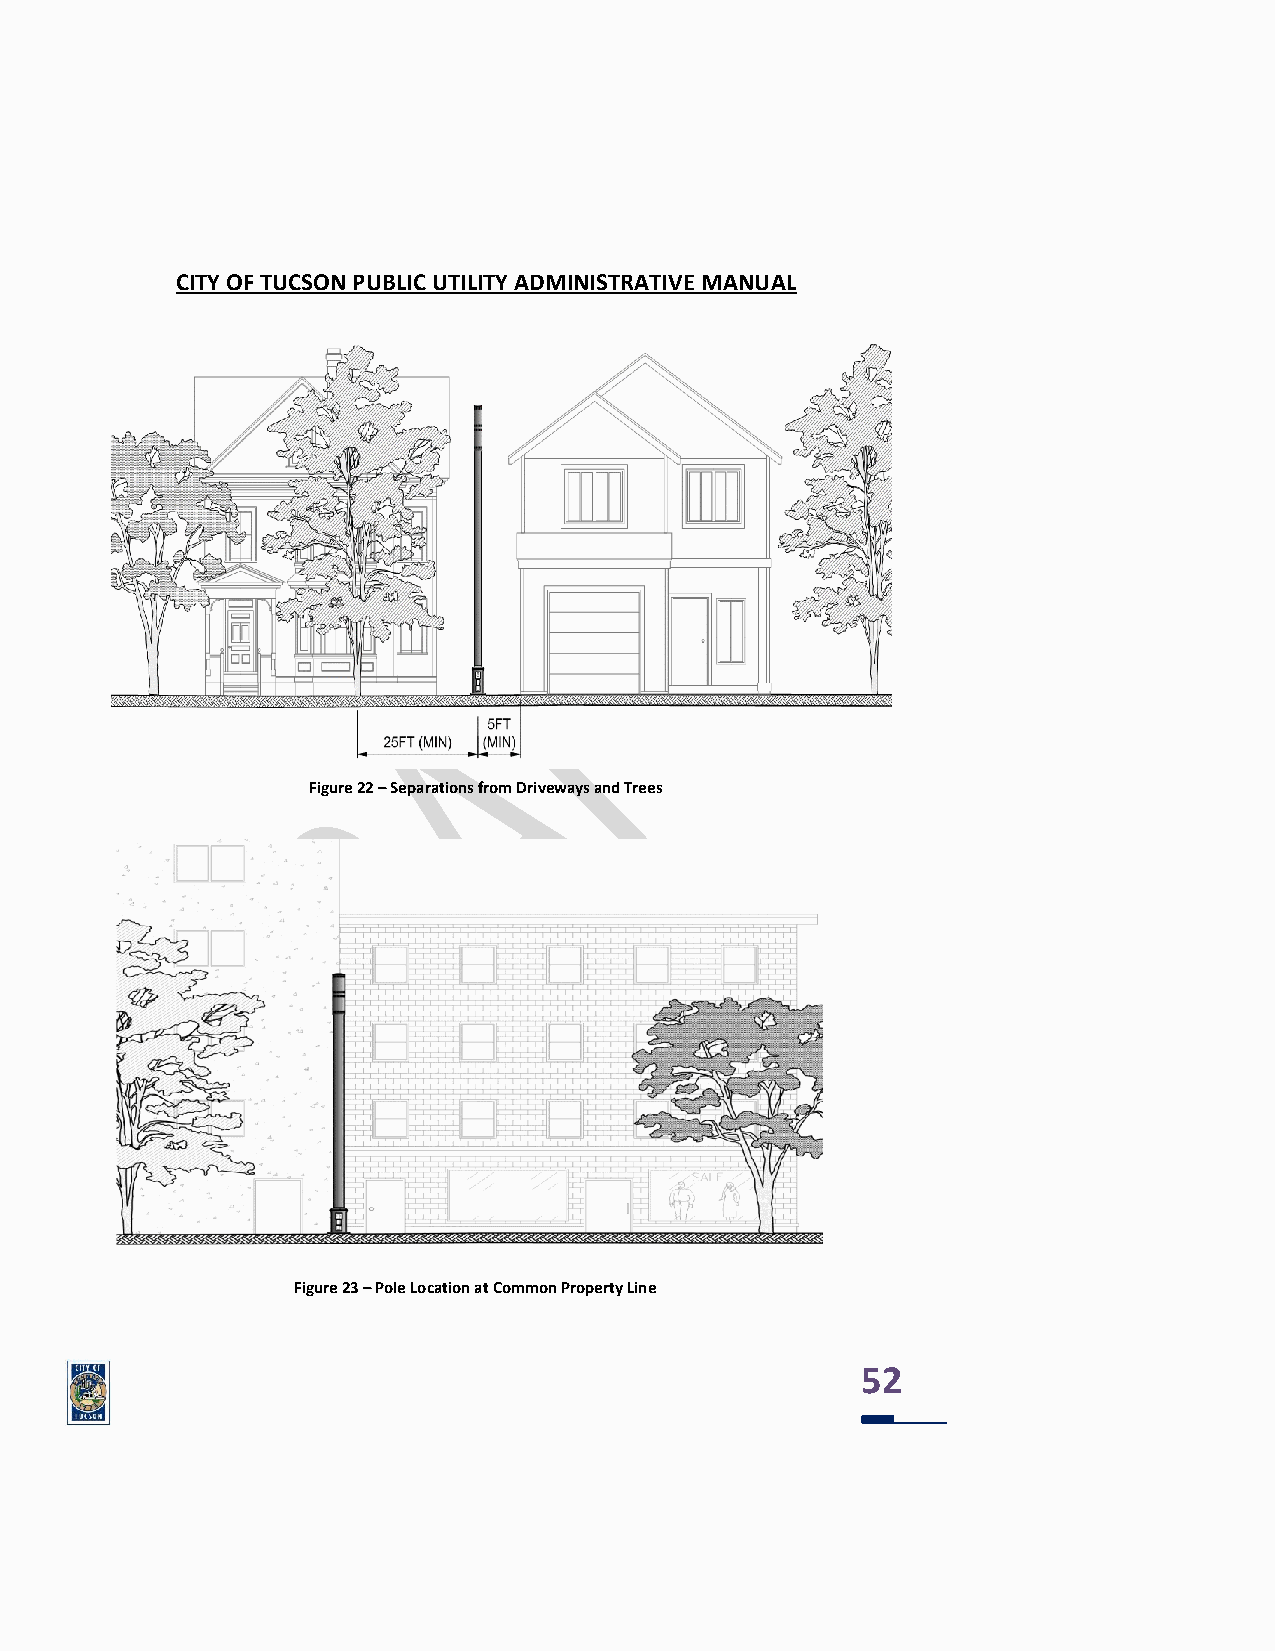
CITY OF TUCSON PUBLIC UTILITY ADMINISTRATIVE MANUAL
 Figure 22 – Separations from Driveways and Trees
 Figure 23 – Pole Location at Common Property Line
 52